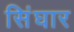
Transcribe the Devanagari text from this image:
सिंघार